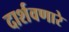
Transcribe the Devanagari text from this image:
दार्शवणारे